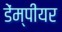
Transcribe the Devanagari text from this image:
डेंम्पीयर